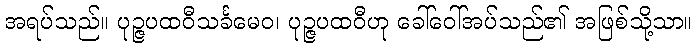
အရပ်သည်။ ပုဉ္ဇပထဝီသင်္ခမေဝ၊ ပုဉ္ဇပထဝီဟု ခေါ်ဝေါ်အပ်သည်၏ အဖြစ်သို့သာ။